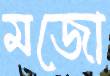
মজো